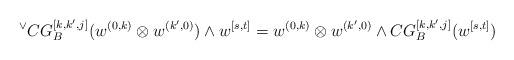
LaTeX: \begin{align*} {^\vee C}G^{[k, k', j]}_B(w^{(0,k)}\otimes w^{(k',0)})\wedge w^{[s,t]}=w^{(0,k)}\otimes w^{(k',0)} \wedge CG^{[k, k', j]}_B(w^{[s,t]}) \end{align*}